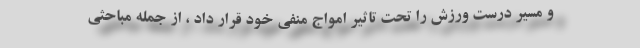
و مسیر درست ورزش را تحت تاثیر امواج منفی خود قرار داد ، از جمله مباحثی